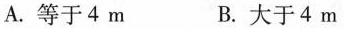
A.等于4m B.大于4m